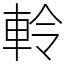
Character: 軨